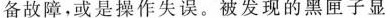
备故障，或是操作失误。被发现的黑匣子显